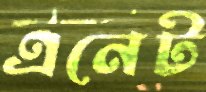
এনেট